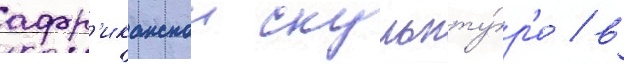
афр'иканскои скульпту́р'е / в